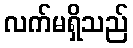
လက်မရှိသည်